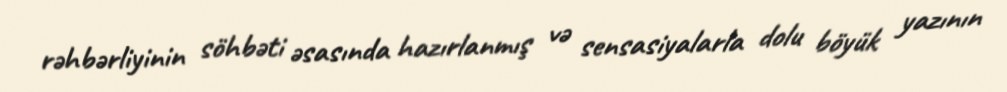
rəhbərliyinin söhbəti əsasında hazırlanmış və sensasiyalarla dolu böyük yazının